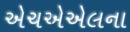
એચએએલના